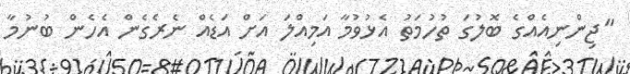
"ޖިންނިއެއްގެ ބޮލުގަ ތުހުމަތު އެޅުވުމާ އަމިއްލަ އަށް އަޑެއް ނެރެގެން އެހެން ބުނުމާ